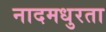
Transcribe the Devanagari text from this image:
नादमधुरता